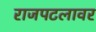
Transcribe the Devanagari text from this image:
राजपटलावर